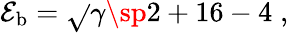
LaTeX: \mathcal{E}_{\mathrm{{b}}}=\sqrt{}{{\gamma\sp2+16}}-4\; ,